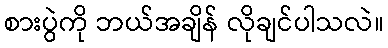
စားပွဲကို ဘယ်အချိန် လိုချင်ပါသလဲ။